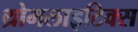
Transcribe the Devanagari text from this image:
थ्रोमलाइटिक्स